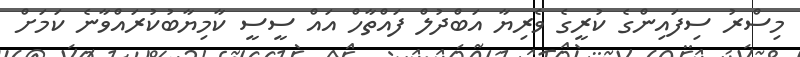
މިސްރު ސިފައިންގެ ކުރީގެ ވެރިޔާ އަބްދުލް ފައްތާހް އައް ސީސީ ކާމިޔާބުކުރައްވާނެ ކަމަށް